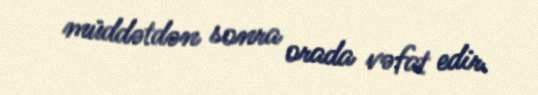
müddətdən sonra orada vəfat edir.